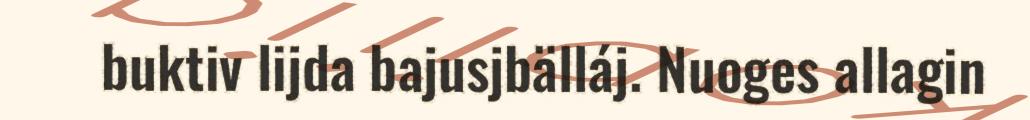
buktiv lijda bajusjbälláj. Nuoges allagin